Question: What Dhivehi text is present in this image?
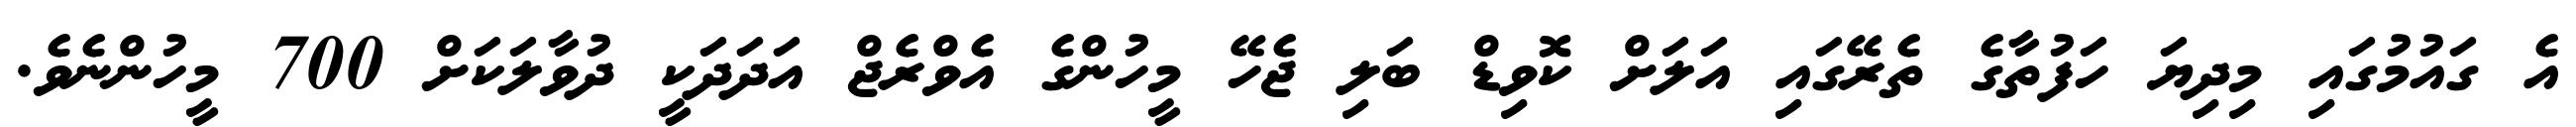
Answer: އެ ގައުމުގައި މިދިޔަ ހަފުތާގެ ތެރޭގައި އަލަށް ކޮވިޑް ބަލި ޖެހޭ މީހުންގެ އެވްރެޖް އަދަދަކީ ދުވާލަކަށް 700 މީހުންނެވެ.